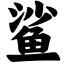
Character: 鲨